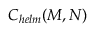
C _ { h e l m } ( M , N )